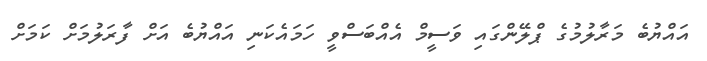
އައްޔުބެ މަރާލުމުގެ ޕްލޭންގައި ވަސީމް އެއްބަސްވީ ހަމައެކަނި އައްޔުބެ އަށް ފާރަލުމަށް ކަމަށް